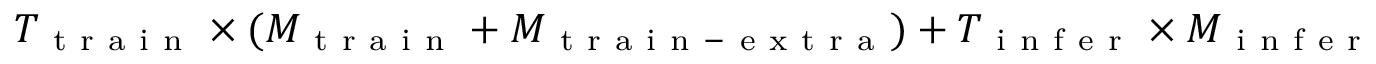
T _ { \mathrm { ~ t ~ r ~ a ~ i ~ n ~ } } \times ( M _ { \mathrm { ~ t ~ r ~ a ~ i ~ n ~ } } + M _ { \mathrm { ~ t ~ r ~ a ~ i ~ n ~ - ~ e ~ x ~ t ~ r ~ a ~ } } ) + T _ { \mathrm { ~ i ~ n ~ f ~ e ~ r ~ } } \times M _ { \mathrm { ~ i ~ n ~ f ~ e ~ r ~ } }